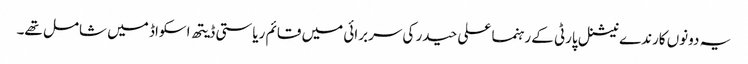
یہ دونوں کارندے نیشنل پارٹی کے رہنما علی حیدر کی سربرائی میں قائم ریاستی ڈیتھ اسکواڈ میں شامل تھے۔